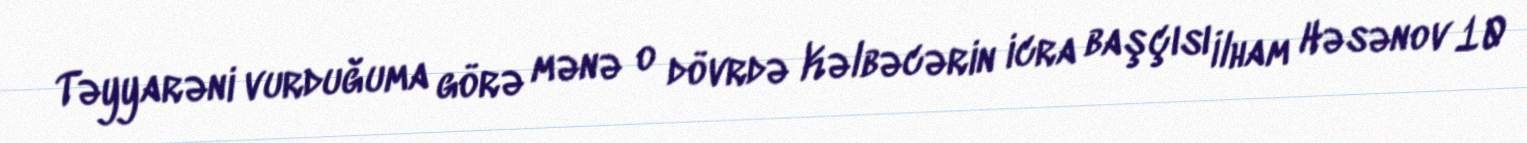
Təyyarəni vurduğuma görə mənə o dövrdə Kəlbəcərin icra başçısı İlham Həsənov 10